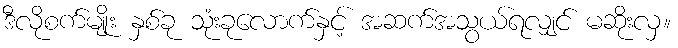
ဒီလိုစက်မျိုး နှစ်ခု သုံးခုလောက်နှင့် အဆက်အသွယ်ရလျှင် မဆိုးလှ။